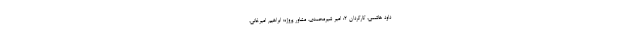
داود هاشمی، کارگردان ۲: امیر شیرمحمدی، مشاور پروژه: ابراهیم امیرخانی،